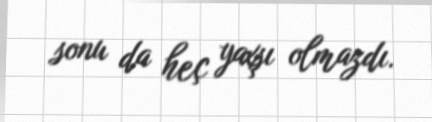
sonu da heç yaxşı olmazdı.